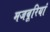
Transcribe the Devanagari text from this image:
मजबूरियां